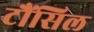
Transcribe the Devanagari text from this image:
टौंसिल